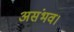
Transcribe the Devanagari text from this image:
असंभव।